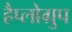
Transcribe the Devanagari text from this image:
हैप्लोग्रुप